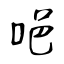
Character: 唈